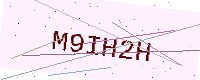
Text: M9IH2H